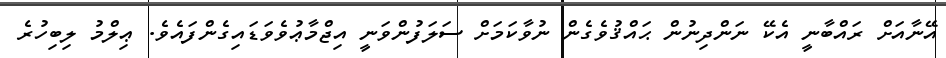
އޭނާއަށް ރައްބާނީ އެކޭ ނަންދިނުން ޙައްޤުވެގެން ނުވާކަމަށް ސަލަފުންވަނީ އިޖްމާޢުވެވަޑައިގެންފައެވެ. ޢިލްމު ލިބިހުރެ